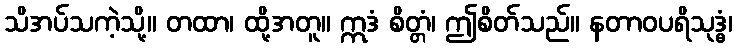
သိအပ်သကဲ့သို့။ တထာ၊ ထို့အတူ။ ဣဒံ စိတ္တံ၊ ဤစိတ်သည်။ နတာဝပရိသုဒ္ဓံ၊